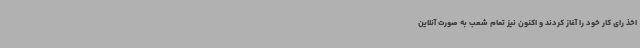
اخذ رای کار خود را آغاز کردند و اکنون نیز تمام شعب به صورت آنلاین